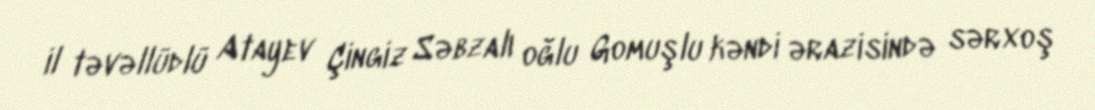
il təvəllüdlü Atayev Çingiz Səbzalı oğlu Gomuşlu kəndi ərazisində sərxoş